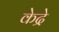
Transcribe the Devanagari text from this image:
केद्रे